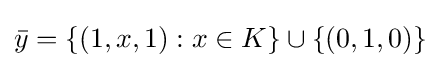
{\bar {y}}=\{(1,x,1):x\in K\}\cup \{(0,1,0)\}